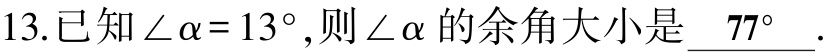
13.已知\(\angle\alpha = 13^{\circ}\),则\(\angle\alpha\)的余角大小是\(\underline{77^{\circ}}\).